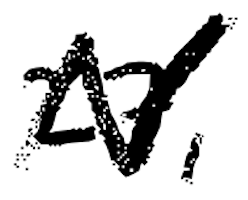
Text: 27,
Cross-out: zig-zag
Writing tool: digital_black